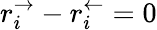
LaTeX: r_{i}^{\rightarrow}-r_{i}^{\leftarrow}=0